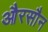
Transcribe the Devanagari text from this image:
औरसौन